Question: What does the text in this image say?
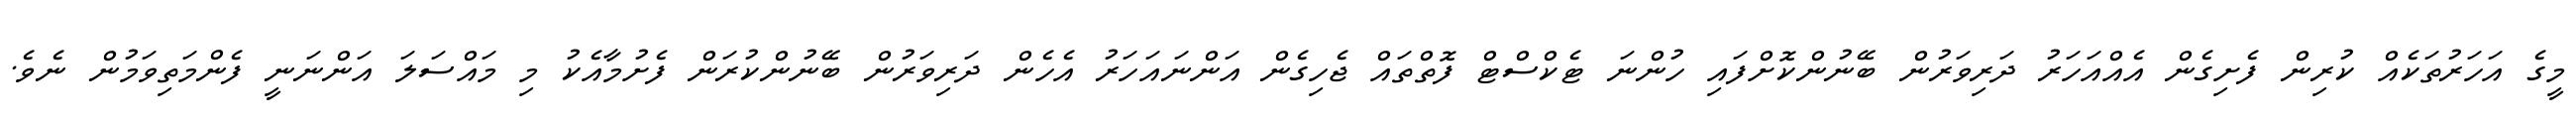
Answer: މީގެ އަހަރުތަކެއް ކުރިން ފެށިގެން އެއްއަހަރު ދަރިވަރުން ބޭނުންކޮށްފައި ހުންނަ ޓެކްސްޓް ފޮތްތައް ޖެހިގެން އަންނައަހަރު އެހެން ދަރިވަރުން ބޭނުންކުރަން ފެށުމާއެކު މި މައްސަލަ އަންނަނީ ފެންމަތިވަމުން ނެވެ.